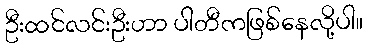
ဦးထင်လင်းဦးဟာ ပါတီကဖြစ်နေလို့ပါ။